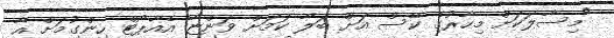
"މިސާލަކަށް މިހާރުގެ ކޭސް އަށް ބަލާ ކަމަށް ވަންޏާ އެއާޕޯޓް ހިންގުމަށް އާ